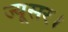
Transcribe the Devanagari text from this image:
ज्यूसर।